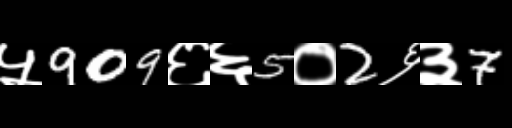
Text: ५909६६5०2६३7